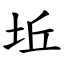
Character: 坵